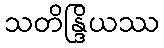
သတိန္ဒြိယဿ